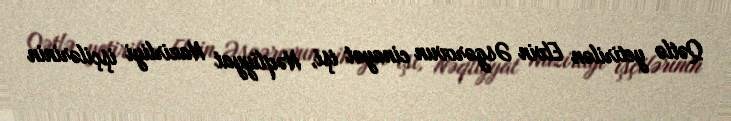
Qətlə yetirilən Elvin Əsgərovun cinayət işi, Nəqliyyat Nazirliyi işçilərinin